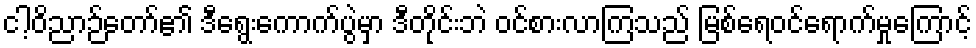
ငါ့ဝိညာဉ်တော်၏ ဒီရွေးကောက်ပွဲမှာ ဒီတိုင်းဘဲ ဝင်စားလာကြသည် မြစ်ရေဝင်ရောက်မှုကြောင့်